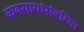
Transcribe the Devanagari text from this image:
व्यवसायांसंबधित